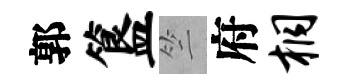
郭簋竺府桐